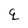
Character: q